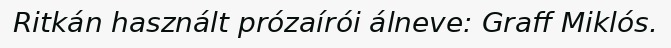
Ritkán használt prózaírói álneve: Graff Miklós.